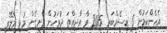
އެހެންކަމުން 6 ޑިސެމްބަރ 2015 ވާ އާދިއްތަ ދުވަހުން ފެށިގެން މުޅި މާލޭގެ